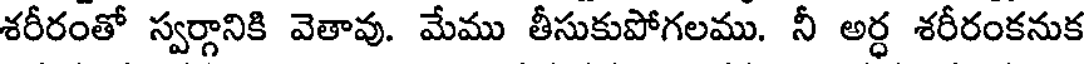
శరీరంతో స్వర్గానికి వెతావు. మేము తీసుకుపోగలము. నీ అర్ధ శరీరంకనుక